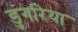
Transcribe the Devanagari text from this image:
डुंगरिया